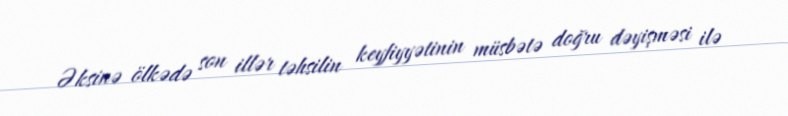
Əksinə ölkədə son illər təhsilin keyfiyyətinin müsbətə doğru dəyişməsi ilə